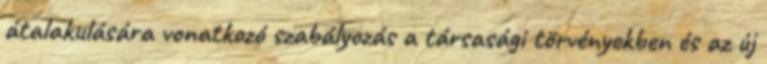
átalakulására vonatkozó szabályozás a társasági törvényekben és az új